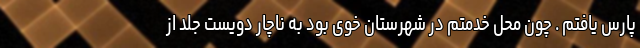
پارس یافتم . چون محل خدمتم در شهرستان خوی بود به ناچار دویست جلد از